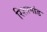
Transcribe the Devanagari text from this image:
रिशामांड